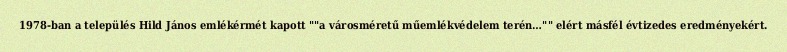
1978-ban a település Hild János emlékérmét kapott ""a városméretű műemlékvédelem terén…"" elért másfél évtizedes eredményekért.